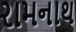
રામનાથ